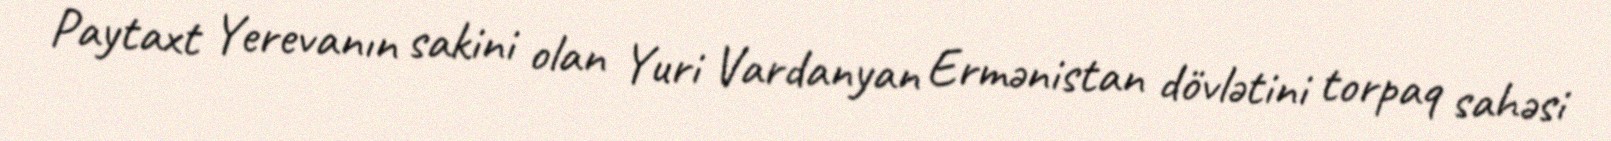
Paytaxt Yerevanın sakini olan Yuri Vardanyan Ermənistan dövlətini torpaq sahəsi